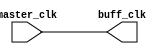
`timescale 1ns/1ps
module buffer_clock(master_clk,buff_clk);
	input master_clk;
	output buff_clk;

	buf #10 b1(buff_clk,master_clk);

endmodule